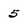
Character: 5